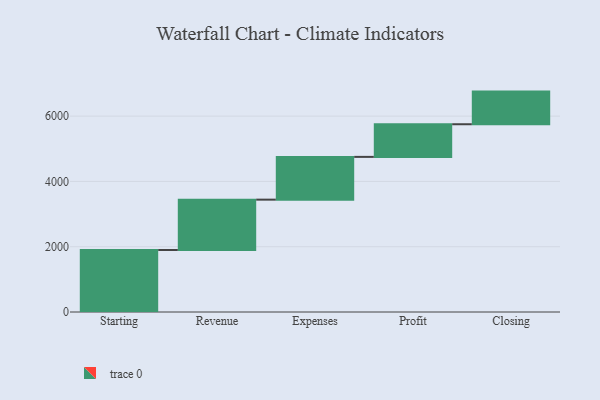
{"axis": {"x": "Step", "y": "Value"}, "legend": [""], "data": [{"x": "Starting", "y": 1900.0, "type": ""}, {"x": "Revenue", "y": 1542.0, "type": ""}, {"x": "Expenses", "y": 1310.0, "type": ""}, {"x": "Profit", "y": 1000, "type": ""}, {"x": "Closing", "y": 1000, "type": ""}]}